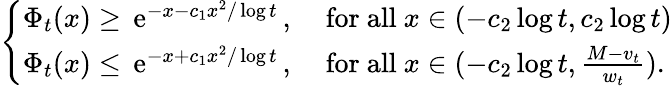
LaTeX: \left\{ \begin{array}{ll}{\Phi_{t}(x)\geq\, \mathrm{e}^{-x-c_{1}x^{2}/\log t}\, ,}&{\mathrm{~for~all~}x\in(-c_{2}\log t,c_{2}\log t)}\\ {\Phi_{t}(x)\leq\, \mathrm{e}^{-x+c_{1}x^{2}/\log t}\, ,}&{\mathrm{~for~all~}x\in(-c_{2}\log t,\frac{M-v_{t}}{w_{t}}).}\end{array}\right.